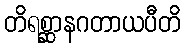
တိရစ္ဆာနဂတာယပီတိ